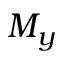
M _ { y }